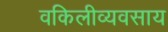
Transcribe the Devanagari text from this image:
वकिलीव्यवसाय